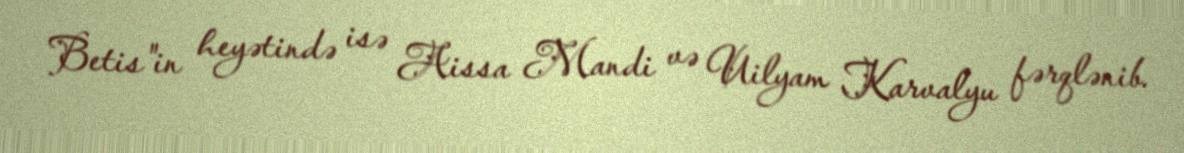
Betis"in heyətində isə Aissa Mandi və Uilyam Karvalyu fərqlənib.